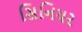
સિનિયર